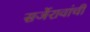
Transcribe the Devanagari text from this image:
सर्जेरावांची